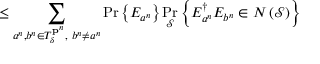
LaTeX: \leq \sum _ { a ^ { n } , b ^ { n } \in T _ { \delta } ^ { \mathbf { p } ^ { n } } , \ b ^ { n } \neq a ^ { n } } \operatorname* { P r } \left\{ E _ { a ^ { n } } \right\} \operatorname* { P r } _ { \mathcal { S } } \left\{ E _ { a ^ { n } } ^ { \dagger } E _ { b ^ { n } } \in N \left( { \mathcal { S } } \right) \right\}